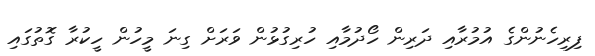
ފިރިހެނުންގެ އުމުރާއި ދަރިން ހޯދުމާއި ހުރިގުޅުން ވަރަށް ގިނަ މީހުން ހީކުރާ ގޮތުގައި